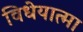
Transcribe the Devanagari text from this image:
विधेयात्मा